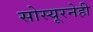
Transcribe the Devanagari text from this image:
सोस्यूरनेही